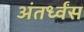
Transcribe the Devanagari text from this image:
अंतर्ध्वंस